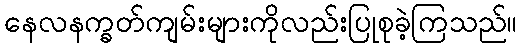
နေလနက္ခတ်ကျမ်းများကိုလည်းပြုစုခဲ့ကြသည်။